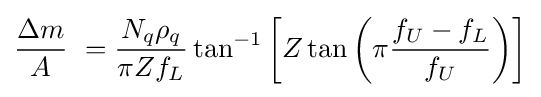
{\frac {\Delta m}{A}}\ ={\frac {N_{q}\rho _{q}}{\pi Zf_{L}}}\tan ^{-1}\left[Z\tan \left(\pi {\frac {f_{U}-f_{L}}{f_{U}}}\right)\right]